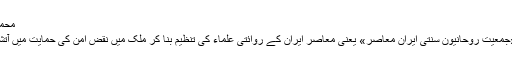
محمد ھدایتی مدیر سلام ٹی وی
سلام چینل کے مدیر نے «جمعیت روحانیون سنتی ایران معاصر» یعنی معاصر ایران کے روائتی علماء کی تنظیم بنا کر ملک میں نقض امن کی حمایت میں آتشیں بیانات جاری کئے ہیں۔